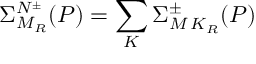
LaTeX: \Sigma _ { M _ { R } } ^ { N ^ { \pm } } ( P ) = \sum _ { K } \Sigma _ { M \, K _ { R } } ^ { \pm } ( P )